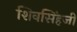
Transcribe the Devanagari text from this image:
शिवसिंहजी